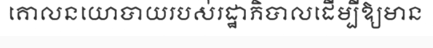
គោលនយោបាយរបស់រដ្ឋាភិបាលដើម្បីឱ្យមាន